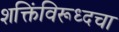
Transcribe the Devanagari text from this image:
शक्तिंविरूध्दचा